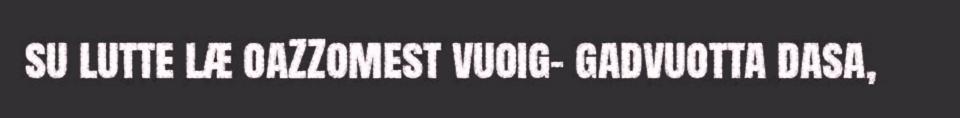
su lutte læ oaZZomest vuoig- gadvuotta dasa,